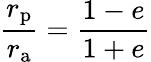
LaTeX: {\frac{r_{\mathrm{p}}}{r_{\mathrm{a}}}}={\frac{1-e}{1+e}}